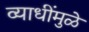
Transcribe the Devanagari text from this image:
व्याधींमुळे